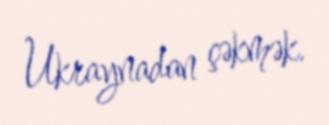
Ukraynadan çəkmək.